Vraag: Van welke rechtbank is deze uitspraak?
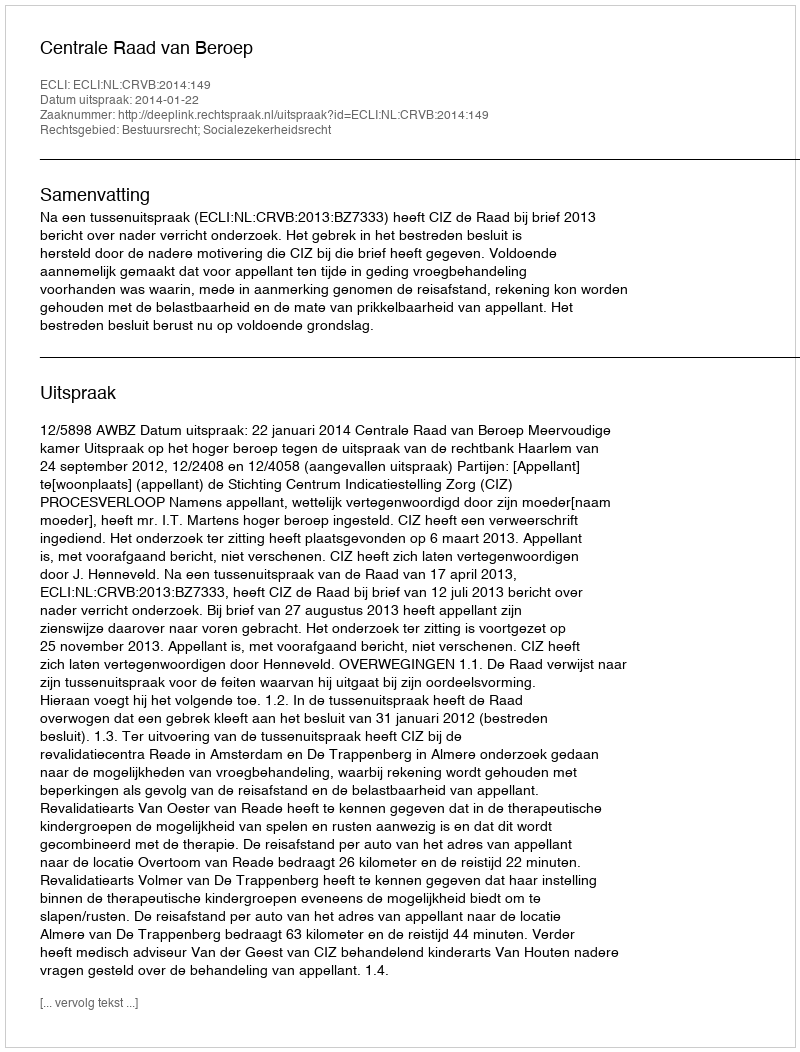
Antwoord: Centrale Raad van Beroep